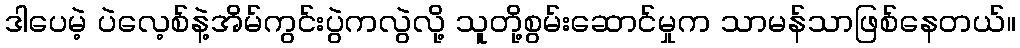
ဒါပေမဲ့ ပဲလေ့စ်နဲ့အိမ်ကွင်းပွဲကလွဲလို့ သူတို့စွမ်းဆောင်မှုက သာမန်သာဖြစ်နေတယ်။